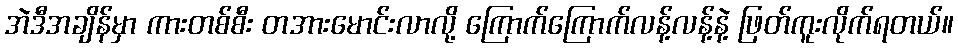
အဲဒီအချိန်မှာ ကားတစ်စီး တအားမောင်းလာလို့ ကြောက်ကြောက်လန့်လန့်နဲ့ ဖြတ်ကူးလိုက်ရတယ်။